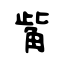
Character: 觜